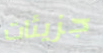
جزيئات